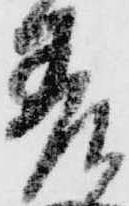
差